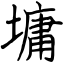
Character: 墉